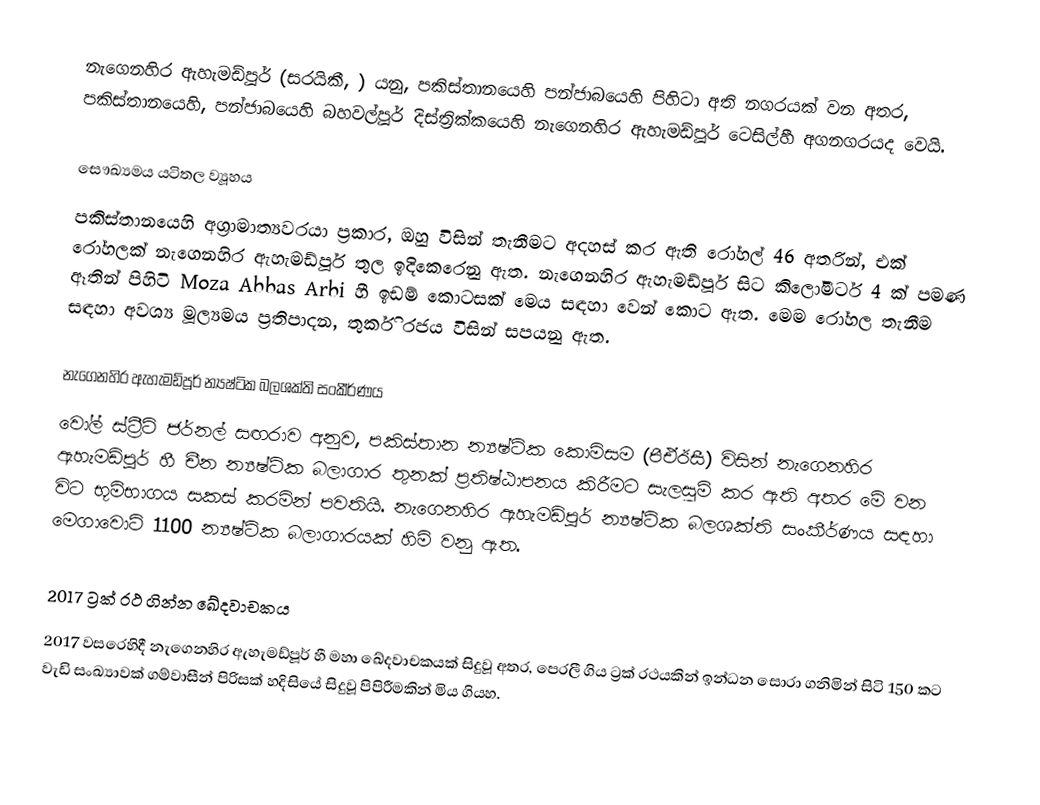
නැගෙනහිර ඇහැමඩ්පූර් (සරයිකී, ) යනු, පකිස්තානයෙහි  පන්ජාබයෙහි පිහිටා අති නගරයක් වන අතර, පකිස්තානයෙහි,  පන්ජාබයෙහි බහවල්පූර් දිස්ත්‍රික්කයෙහි නැගෙනහිර ඇහැමඩ්පූර් ටෙසිල්හී අගනගරයද වෙයි.

සෞඛ්‍යමය යටිතල ව්‍යූහය
පකිස්තානයෙහි අග්‍රාමාත්‍යවරයා ප්‍රකාර, ඔහු විසින් තැනීමට අදහස් කර ඇති රෝහල් 46 අතරින්, එක් රෝහලක්  නැගෙනහිර ඇහැමඩ්පූර්  තුල ඉදිකෙරෙනු ඇත. නැගෙනහිර ඇහැමඩ්පූර් සිට කිලෝමීටර් 4 ක් පමණ ඈතින් පිහිටි Moza Abbas Arbi හී ඉඩම් කොටසක් මෙය සඳහා වෙන් කොට ඇත. මෙම රෝහල තැනීම සඳහා අවශ්‍ය මූල්‍යමය ප්‍රතිපාදන,  තුර්කි රජය විසින් සපයනු ඇත.

නැගෙනහිර ඇහැමඩ්පූර් න්‍යෂ්ටික බලශක්ති සංකීර්ණය
වෝල් ස්ට්‍රීට් ජර්නල් සඟරාව අනුව, පකිස්තාන න්‍යෂ්ටික කොමිසම (පීඒඊසී) විසින් නැගෙනහිර ඇහැමඩ්පූර් හී චීන න්‍යෂ්ටික බලාගාර තුනක් ප්‍රතිෂ්ඨාපනය කිරීමට සැලසුම් කර ඇති අතර මේ වන විට භූමිභාගය සකස් කරමින් පවතියි. නැගෙනහිර ඇහැමඩ්පූර් න්‍යෂ්ටික බලශක්ති සංකීර්ණය සඳහා මෙගාවොට් 1100 න්‍යෂ්ටික බලාගාරයක් හිමි වනු ඇත.

2017 ට්‍රක් රථ ගින්න ඛේදවාචකය
2017 වසරෙහිදී නැගෙනහිර ඇහැමඩ්පූර් හී මහා ඛේදවාචකයක් සිදුවූ අතර, පෙරලී ගිය ට්‍රක් රථයකින් ඉන්ධන සොරා ගනිමින් සිටි 150 කට වැඩි සංඛ්‍යාවක් ගම්වාසීන් පිරිසක් හදිසියේ සිදුවූ පිපිරීමකින් මිය ගියහ.